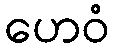
ဟေဝံ